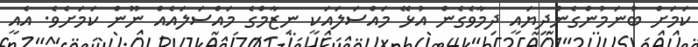
ކަމަށް ބުނަމުންގެންދިޔައީ ދިމާވެގެން އުޅޭ މައްސަލައަކީ ނިޒާމްގެ މައްސަލައެއް ނޫން ކަމަށެވެ. އެއީ